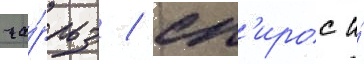
ча́рльз / сп'ирос и́